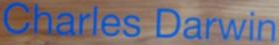
Charles Darwin